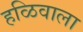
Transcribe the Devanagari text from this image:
हळिवाला